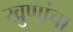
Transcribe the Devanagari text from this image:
खुणांचा